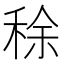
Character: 稌